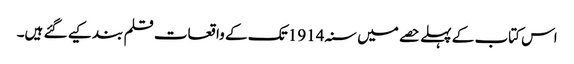
اس کتاب کے پہلے حصے میں سنہ 1914 تک کے واقعات قلم بند کیے گئے ہیں۔